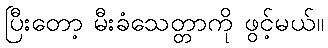
ပြီးတော့ မီးခံသေတ္တာကို ဖွင့်မယ်။